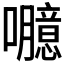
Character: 𡄯